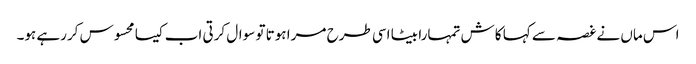
اس ماں نے غصہ سے کہا کاش تمہارا بیٹا اسی طرح مرا ہوتا تو سوال کرتی اب کیسا محسوس کررہے ہو۔